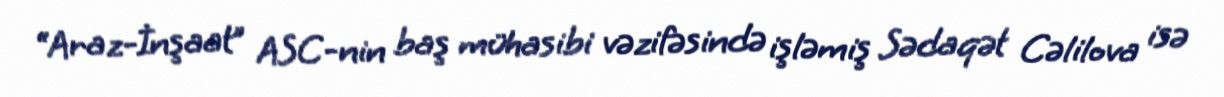
“Araz-İnşaat” ASC-nin baş mühasibi vəzifəsində işləmiş Sədaqət Cəlilova isə